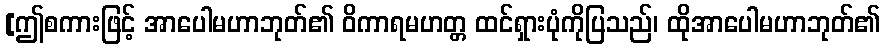
[ဤစကားဖြင့် အာပေါမဟာဘုတ်၏ ဝိကာရမဟတ္တ ထင်ရှားပုံကိုပြသည်၊ ထိုအာပေါမဟာဘုတ်၏